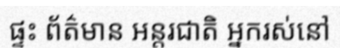
ផ្ទះ ព័ត៌មាន អន្តរជាតិ អ្នករស់នៅ